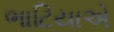
ભાટિયાએ